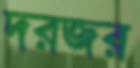
দরজর